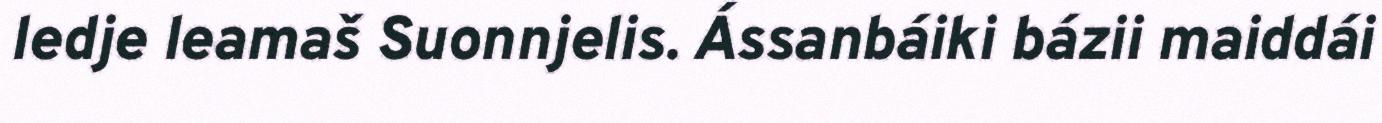
ledje leamaš Suonnjelis. Ássanbáiki bázii maiddái